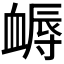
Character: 𧗈